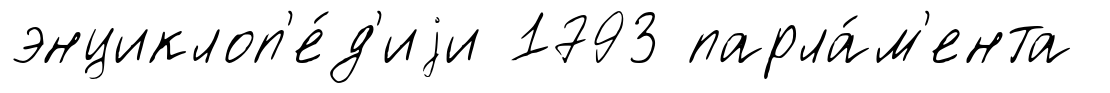
энциклоп'е́д'иjи 1793 парла́м'ента